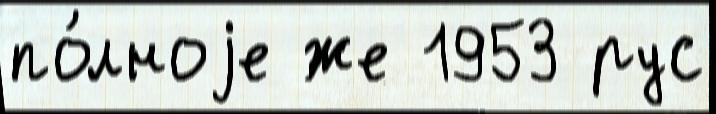
по́лноjе же 1953 рус